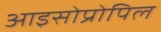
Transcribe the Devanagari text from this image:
आइसोप्रोपिल